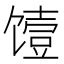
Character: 𮩞